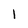
Character: 1